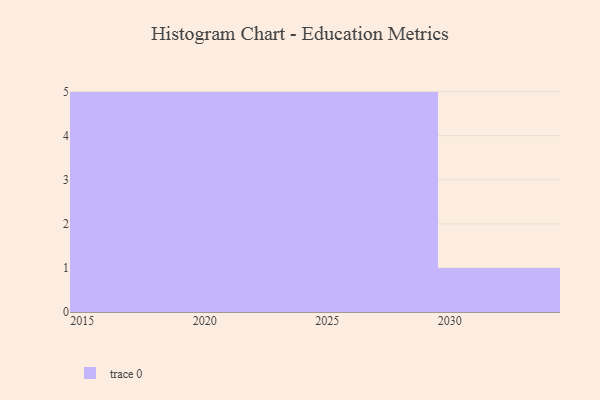
{"axis": {"x": "Year", "y": "Latency (ms)"}, "legend": [""], "data": [{"x": "2026", "y": 63, "type": ""}, {"x": "2027", "y": 88, "type": ""}, {"x": "2021", "y": 11, "type": ""}, {"x": "2016", "y": 53, "type": ""}, {"x": "2019", "y": 3, "type": ""}, {"x": "2022", "y": 26, "type": ""}, {"x": "2017", "y": 22, "type": ""}, {"x": "2029", "y": 79, "type": ""}, {"x": "2025", "y": 11, "type": ""}, {"x": "2030", "y": 49, "type": ""}, {"x": "2020", "y": 10, "type": ""}, {"x": "2024", "y": 97, "type": ""}, {"x": "2015", "y": 34, "type": ""}, {"x": "2023", "y": 8, "type": ""}, {"x": "2018", "y": 35, "type": ""}, {"x": "2028", "y": 9, "type": ""}]}